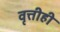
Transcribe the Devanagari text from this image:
वृत्तीही